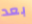
بعد